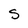
Character: S